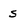
Character: s